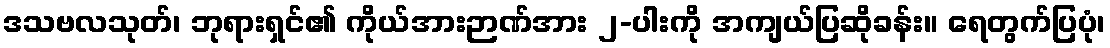
ဒသဗလသုတ်၊ ဘုရားရှင်၏ ကိုယ်အားဉာဏ်အား ၂-ပါးကို အကျယ်ပြဆိုခန်း။ ရေတွက်ပြပုံ၊